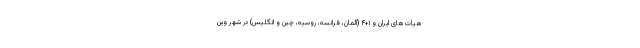
هیأت‌های ایران و ۱+۴ (آلمان، فرانسه، روسیه، چین و انگلیس) در شهر وین